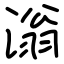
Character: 滃